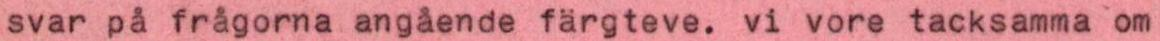
svar på frågorna angående färgteve. vi vore tacksamma om